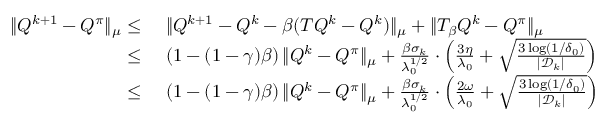
\begin{array} { r l } { \| Q ^ { k + 1 } - Q ^ { \pi } \| _ { \mu } \leq } & { \ \| Q ^ { k + 1 } - Q ^ { k } - \beta ( T Q ^ { k } - Q ^ { k } ) \| _ { \mu } + \| T _ { \beta } Q ^ { k } - Q ^ { \pi } \| _ { \mu } } \\ { \leq } & { \ \left( 1 - ( 1 - \gamma ) \beta \right) \| Q ^ { k } - Q ^ { \pi } \| _ { \mu } + \frac { \beta \sigma _ { k } } { \lambda _ { 0 } ^ { 1 / 2 } } \cdot \left( \frac { 3 \eta } { \lambda _ { 0 } } + \sqrt { \frac { 3 \log ( 1 / \delta _ { 0 } ) } { | \mathcal { D } _ { k } | } } \right) } \\ { \leq } & { \ \left( 1 - ( 1 - \gamma ) \beta \right) \| Q ^ { k } - Q ^ { \pi } \| _ { \mu } + \frac { \beta \sigma _ { k } } { \lambda _ { 0 } ^ { 1 / 2 } } \cdot \left( \frac { 2 \omega } { \lambda _ { 0 } } + \sqrt { \frac { 3 \log ( 1 / \delta _ { 0 } ) } { | \mathcal { D } _ { k } | } } \right) } \end{array}